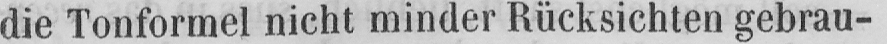
die Tonformel nicht minder Rücksichten gebrau-